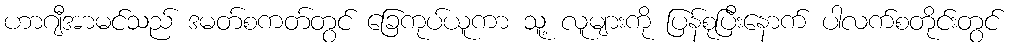
ဟာဂျီအာမင်သည် ဒမတ်စကတ်တွင် ခြေကုပ်ယူကာ သူ့ လူများကို ပြန်စုပြီးနောက် ပါလက်စတိုင်းတွင်